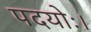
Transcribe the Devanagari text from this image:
पदयोः।